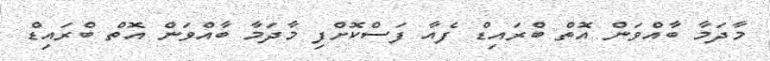
މާދަމާ ބާއްވަން އޮތް ބްރައިޑް ފެއާ ފަސްކޮށްފި މާދަމާ ބާއްވަން އޮތް ބްރައިޑް